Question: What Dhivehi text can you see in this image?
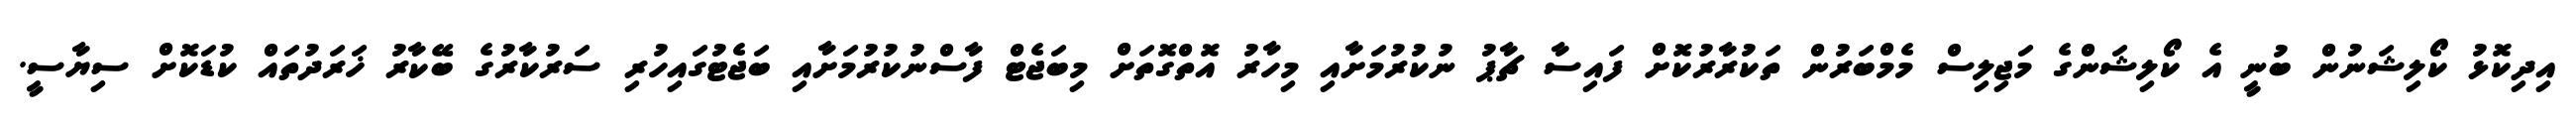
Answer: އިދިކޮޅު ކޯލިޝަނުން ބުނީ އެ ކޯލިޝަންގެ މަޖިލިސް މެމްބަރުން ތަކުރާރުކޮށް ފައިސާ ޗާޕު ނުކުރުމަށާއި މިހާރު އޮތްގޮތަށް މިބަޖެޓް ފާސްނުކުރުމަށާއި ބަޖެޓުގައިހުރި ސަރުކާރުގެ ބޭކާރު ޚަރަދުތައް ކުޑަކޮށް ސިޔާސީ.